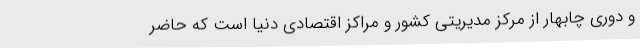
و دوری چابهار از مرکز مدیریتی کشور و مراکز اقتصادی دنیا است که حاضر